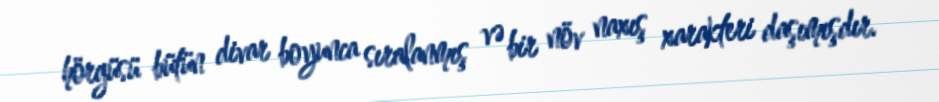
hörgüsü bütün divar boyunca sıralanmış və bir növ naxış xarakteri daşımışdır.